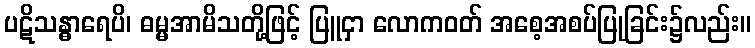
ပဋိသန္ဓာရေပိ၊ ဓမ္မအာမိသတို့ဖြင့် ပြူငှာ လောကဝတ် အစေ့အစပ်ပြုခြင်း၌လည်း။